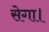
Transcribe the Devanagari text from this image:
सेगा।